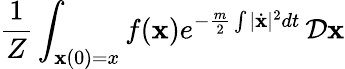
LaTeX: {\frac{1}{Z}}\int_{\mathbf{x}(0)=x}f(\mathbf{x})e^{-{\frac{m}{2}}\int|{\dot{\mathbf{x}}}|^{2}dt}\, {\mathcal{D}}\mathbf{x}